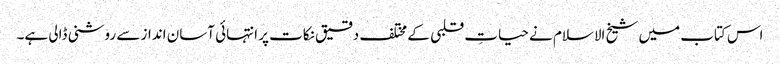
اس کتاب میں شیخ الاسلام نے حیاتِ قلبی کے مختلف دقیق نکات پر انتہائی آسان انداز سے روشنی ڈالی ہے۔